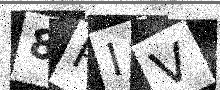
Text: 8RIV